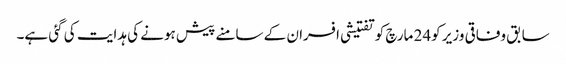
سابق وفاقی وزیر کو24 مارچ کو تفتیشی افسران کے سامنے پیش ہونے کی ہدایت کی گئی ہے۔